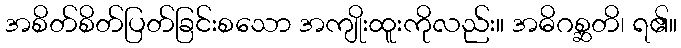
အစိတ်စိတ်ပြတ်ခြင်းစသော အကျိုးထူးကိုလည်း။ အဓိဂစ္ဆတိ၊ ရ၏။